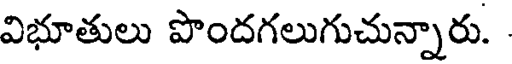
విభూతులు పొందగలుగుచున్నారు.